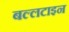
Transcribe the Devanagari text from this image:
बल्लटाइन